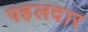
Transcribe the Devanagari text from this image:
पहलदार